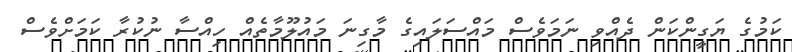
ކަމުގެ ޔަގީންކަން ދެއްވި ނަމަވެސް މައްސަލައިގެ މާގިނަ މައުލޫމާތެއް ހިއްސާ ނުކުރާ ކަމަށްވެސް